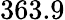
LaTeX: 363.9